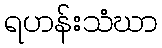
ရဟန်းသံဃာ